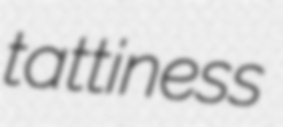
tattiness